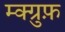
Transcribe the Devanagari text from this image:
म्क्ग्रुफ़